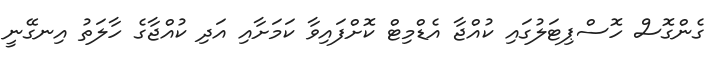
ގެންގޮސް ހޮސްޕިޓަލުގައި ކުއްޖާ އެޑްމިޓް ކޮށްފައިވާ ކަމަށާއި އަދި ކުއްޖާގެ ހާލަތު އިނގޭނީ